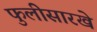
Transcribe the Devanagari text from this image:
फुलीसारखे